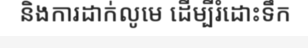
និងការដាក់លូមេ ដើម្បីរំដោះទឹក